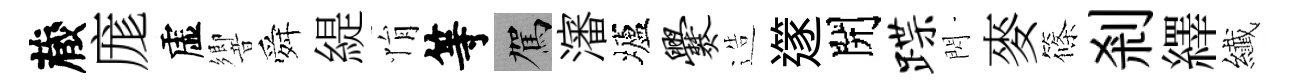
蔵庬虚響舜緹悁等駕瀋壚爨造𨗹開蹀閃麥篠剎繹纎